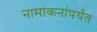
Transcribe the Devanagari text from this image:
नामांकनांपर्यंत